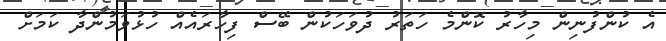
އެ ކުންފުނިން މިހާރު ކޮންމެ ހަތަރު ދުވަހަކުން ބޭސް ފިހާރައެއް ހުޅުވަމުންދާ ކަމަށް